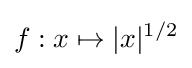
f:x\mapsto |x|^{1/2}